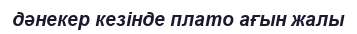
дәнекер кезінде плато ағын жалы